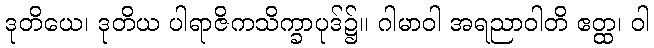
ဒုတိယေ၊ ဒုတိယ ပါရာဇိကသိက္ခာပုဒ်၌။ ဂါမာဝါ အရညာဝါတိ ဧတ္ထ၊ ဝါ